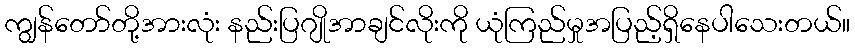
ကျွန်တော်တို့အားလုံး နည်းပြဂျိုအာချင်လိုးကို ယုံကြည်မှုအပြည့်ရှိနေပါသေးတယ်။